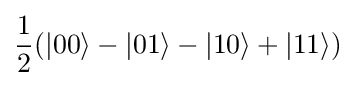
{\frac {1}{2}}(|00\rangle -|01\rangle -|10\rangle +|11\rangle )